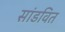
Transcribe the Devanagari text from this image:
सांडवित